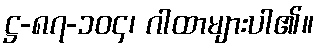
ဋ္ဌ-၈၇-၁၀၄၊ ဂါထာများပါ၏။